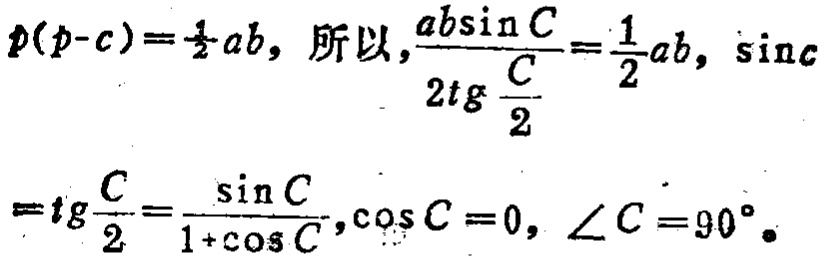
\(p(p - c)=\frac{1}{2}ab\)，所以，\(\frac{ab\sin C}{2\mathrm{tg}\frac{C}{2}}=\frac{1}{2}ab\)，\(\sin c\)

\(=\mathrm{tg}\frac{C}{2}=\frac{\sin C}{1 + \cos C}\)，\(\cos C = 0\)，\(\angle C = 90^{\circ}\)。